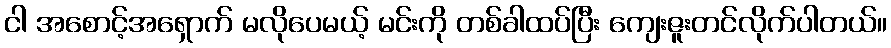
ငါ အစောင့်အရှောက် မလိုပေမယ့် မင်းကို တစ်ခါထပ်ပြီး ကျေးဇူးတင်လိုက်ပါတယ်။